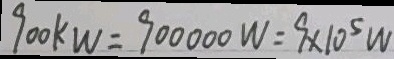
9 0 0 K W = 9 0 0 0 0 0 W = 9 \times 1 0 ^ { 5 } W